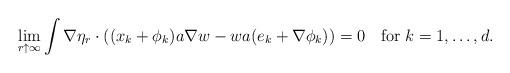
LaTeX: \begin{align*}\lim_{r\uparrow\infty}\int\nabla\eta_r\cdot ((x_k+\phi_k)a\nabla w-wa(e_k+\nabla\phi_k))=0\quad\mbox{for}\;k=1,\ldots,d.\end{align*}